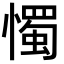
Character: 𢢗